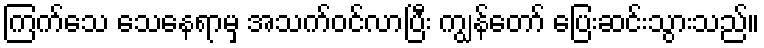
ကြက်သေ သေနေရာမှ အသက်ဝင်လာပြီး ကျွန်တော် ပြေးဆင်းသွားသည်။